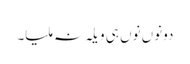
دونوں نوں ہی ویلہ نہ ملیا۔